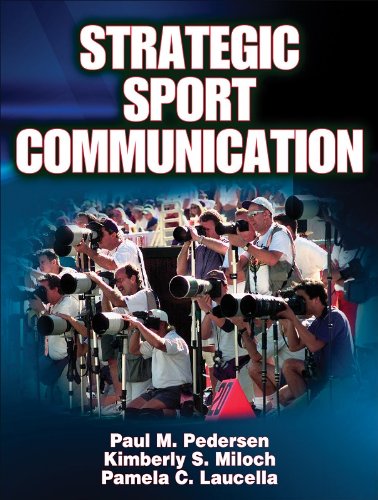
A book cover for Strategic Sport Communication; Paul M. Pedersen; Sports & Outdoors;